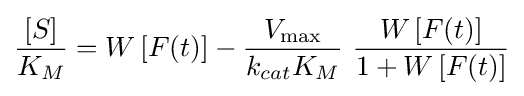
{\frac {[S]}{K_{M}}}=W\left[F(t)\right]-{\frac {V_{\max }}{k_{cat}K_{M}}}\ {\frac {W\left[F(t)\right]}{1+W\left[F(t)\right]}}